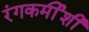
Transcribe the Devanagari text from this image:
रंगकर्मीशी